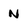
Character: N